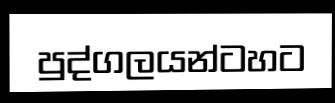
පුද්ගලයන්ටහට